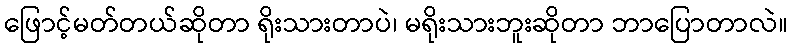
ဖြောင့်မတ်တယ်ဆိုတာ ရိုးသားတာပဲ၊ မရိုးသားဘူးဆိုတာ ဘာပြောတာလဲ။